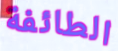
الطائفة